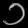
Digit: ၁